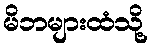
မိဘများထံသို့